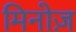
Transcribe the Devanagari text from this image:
मिनोज़